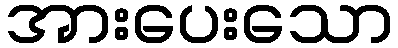
အားပေးသော